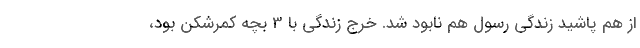
از هم پاشید زندگی رسول هم نابود شد. خرج زندگی با 3 بچه کمرشکن بود،